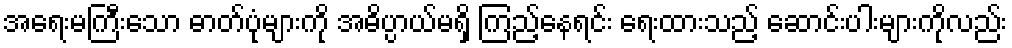
အရေးမကြီးသော ဓာတ်ပုံများကို အဓိပ္ပာယ်မရှိ ကြည့်နေရင်း ရေးထားသည့် ဆောင်းပါးများကိုလည်း